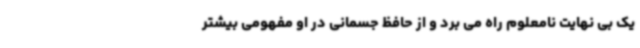
یک بی نهایت نامعلوم راه می برد و از حافظ جسمانی در او مفهومی بیشتر